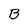
Character: B